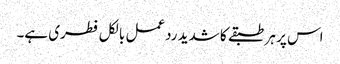
اس پر ہر طبقے کا شدید ردعمل بالکل فطری ہے۔